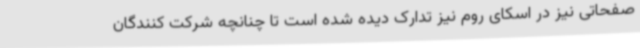
صفحاتی نیز در اسکای روم نیز تدارک دیده شده است تا چنانچه شرکت کنندگان